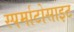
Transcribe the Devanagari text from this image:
स्पर्माटोसाइट